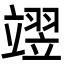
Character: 𮄺